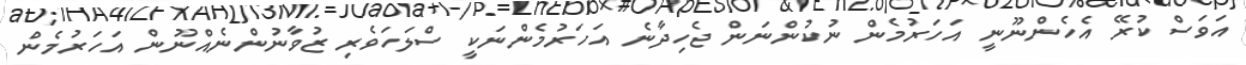
އަވަސް ކުރޭ އެހެންނޫނީ އަހަރުމެން ނުކުންނަން ޖެހިދާނެ އަހަރުމެންނަކީ ސްލަހަވެރި ޒުވާނުންނެއްނޫން އަހަރުމެން